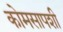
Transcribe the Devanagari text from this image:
कोमसापशी